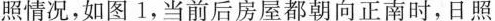
照情况，如图 1，当前后房屋都朝向正南时，日照